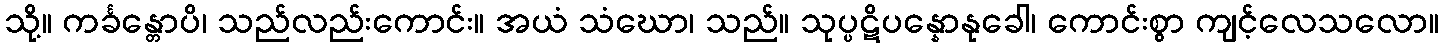
သို့။ ကင်္ခန္တောပိ၊ သည်လည်းကောင်း။ အယံ သံဃော၊ သည်။ သုပ္ပဋိပန္နောနုခေါ၊ ကောင်းစွာ ကျင့်လေသလော။